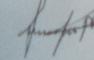
Signature authenticity: forged